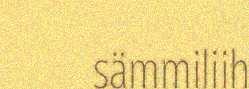
sämmiliih